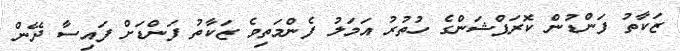
ޒަކާތު ފަންޑުން ކޮރަޕްޝަންގެ ހުތުރު އަމަލު ފެންމަތިވެ ޒަކާތު ފަންޑަށް ފައިސާ ދޭން